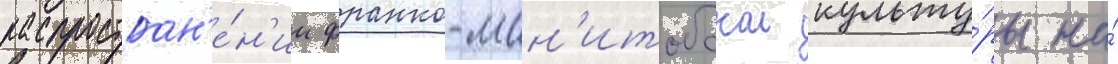
распростран'е́н'ии франко-ман'итобскои культу́ры на́